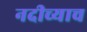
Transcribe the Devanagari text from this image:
नदीच्याच